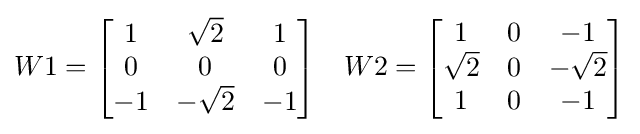
W1={\begin{bmatrix}1&{\sqrt {2}}&1\\0&0&0\\-1&-{\sqrt {2}}&-1\end{bmatrix}}\quad W2={\begin{bmatrix}1&0&-1\\{\sqrt {2}}&0&-{\sqrt {2}}\\1&0&-1\end{bmatrix}}